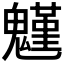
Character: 𩴗